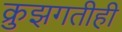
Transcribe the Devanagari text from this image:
क्रुझगतीही